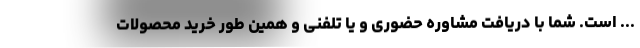
... است. شما با دریافت مشاوره حضوری و یا تلفنی و همین طور خرید محصولات